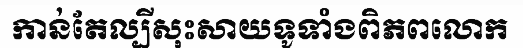
កាន់តែល្បីសុះសាយទូទាំងពិភពលោក